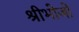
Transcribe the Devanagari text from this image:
श्रीभोजो